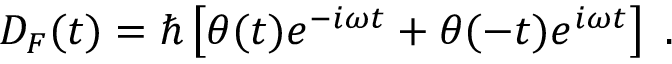
D _ { F } ( t ) = \hbar \left[ \theta ( t ) e ^ { - i \omega t } + \theta ( - t ) e ^ { i \omega t } \right] \ .